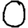
Digit: 0